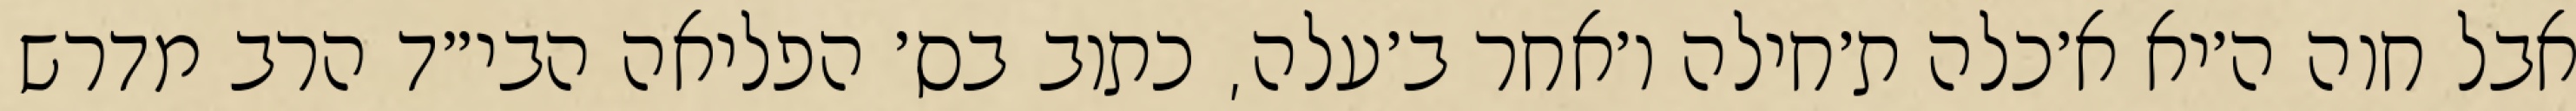
אבל חוה ה׳יא א׳כלה ת׳חילה ו׳אחר ב׳עלה, כתוב בס׳ הפליאה הבי״ד הרב מדרש